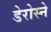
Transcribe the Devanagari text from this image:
डेरोस्ने